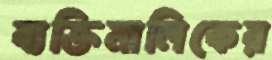
ব্যক্তিমালিকের